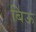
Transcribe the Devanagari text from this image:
बिऊ